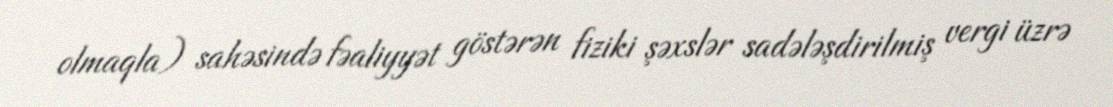
olmaqla) sahəsində fəaliyyət göstərən fiziki şəxslər sadələşdirilmiş vergi üzrə